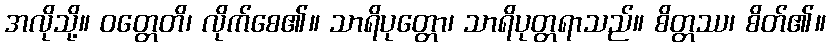
အလိုသို့။ ဝတ္တေတိ၊ လိုက်စေ၏။ သာရိပုတ္တော၊ သာရိပုတ္တရာသည်။ စိတ္တဿ၊ စိတ်၏။